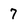
Character: 7